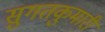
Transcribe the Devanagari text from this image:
सुगतकुमारी